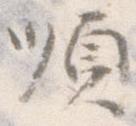
順